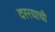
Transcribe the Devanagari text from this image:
दस्त्याची